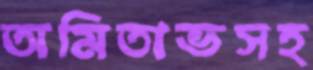
অমিতাভসহ